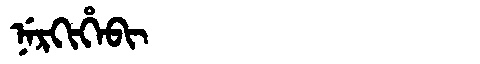
Manchu: ᠨᡝᡵᡴᡳᡥᡝᠪᡳ
Romanization: NERKIHEBI